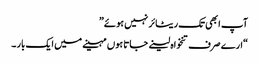
آپ ابھی تک ریٹائر نہیں ہوئے”
“ارے صرف تنخواہ لینے جاتا ہوں مہینے میں ایک بار ۔